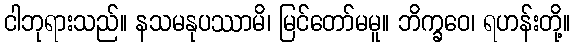
ငါဘုရားသည်။ နသမနုပဿာမိ၊ မြင်တော်မမူ။ ဘိက္ခဝေ၊ ရဟန်းတို့။